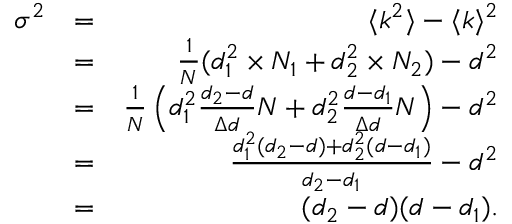
\begin{array} { r l r } { \sigma ^ { 2 } } & { = } & { \langle k ^ { 2 } \rangle - \langle k \rangle ^ { 2 } } \\ & { = } & { \frac { 1 } { N } ( d _ { 1 } ^ { 2 } \times N _ { 1 } + d _ { 2 } ^ { 2 } \times N _ { 2 } ) - d ^ { 2 } } \\ & { = } & { \frac { 1 } { N } \left( d _ { 1 } ^ { 2 } \frac { d _ { 2 } - d } { \Delta d } N + d _ { 2 } ^ { 2 } \frac { d - d _ { 1 } } { \Delta d } N \right) - d ^ { 2 } } \\ & { = } & { \frac { d _ { 1 } ^ { 2 } ( d _ { 2 } - d ) + d _ { 2 } ^ { 2 } ( d - d _ { 1 } ) } { d _ { 2 } - d _ { 1 } } - d ^ { 2 } } \\ & { = } & { ( d _ { 2 } - d ) ( d - d _ { 1 } ) . } \end{array}